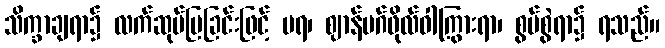
သိက္ခာချရာ၌ လက်ဆုပ်ပြခြင်းဖြင့် မရ၊ ဈာန်မဂ်ဖိုလ်ဝါကြွားရာ၊ စွပ်စွဲရာ၌ ရသည်။